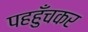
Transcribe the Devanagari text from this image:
पहहुँचकर